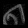
Digit: ၈